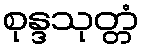
စုန္ဒသုတ္တံ